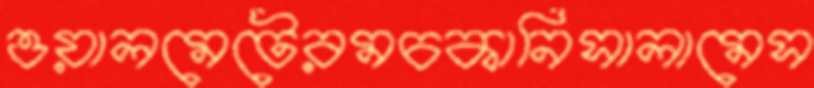
ওয়ালমেটেরমচকানিসালামেস